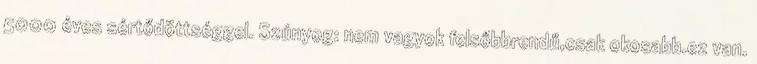
5000 éves sértődöttséggel. Szúnyog: nem vagyok felsőbbrendű,csak okosabb.ez van.